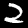
Digit: 2